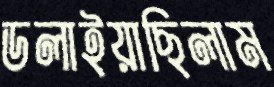
ডলাইয়াছিলাম